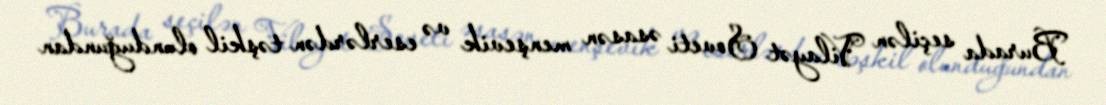
Burada seçilən Vilayət Soveti əsasən menşevik və eserlərdən təşkil olunduğundan